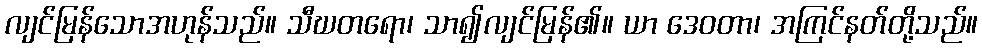
လျင်မြန်သောအဟုန်သည်။ သီဃတရော၊ သာ၍လျင်မြန်၏။ ယာ ဒေဝတာ၊ အကြင်နတ်တို့သည်။